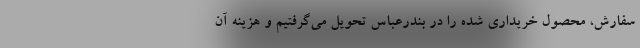
سفارش، محصول خریداری شده را در بندرعباس تحویل می‌گرفتیم و هزینه آن